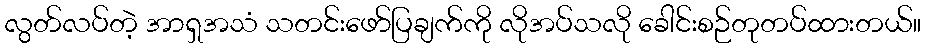
လွတ်လပ်တဲ့ အာရှအသံ သတင်းဖော်ပြချက်ကို လိုအပ်သလို ခေါင်းစဉ်တုတပ်ထားတယ်။